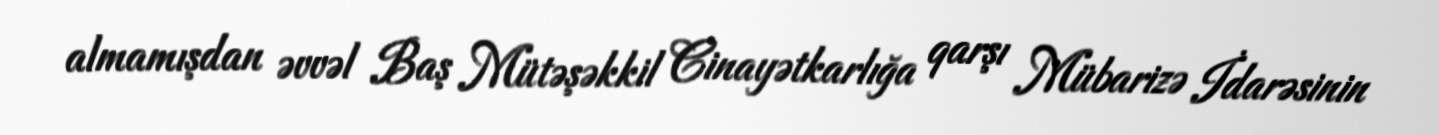
almamışdan əvvəl Baş Mütəşəkkil Cinayətkarlığa qarşı Mübarizə İdarəsinin